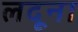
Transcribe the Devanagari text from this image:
लदूना